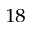
^ { 1 8 }